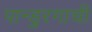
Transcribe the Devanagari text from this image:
पान्डुरगाची